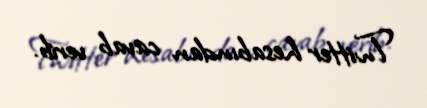
Twitter hesabından cavab verib.